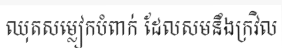
ឈុតសម្លៀកបំពាក់ ដែលសមនឹងក្រវិល